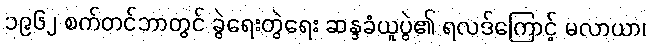
၁၉၆၂ စက်တင်ဘာတွင် ခွဲရေးတွဲရေး ဆန္ဒခံယူပွဲ၏ ရလဒ်ကြောင့် မလာယာ၊